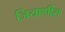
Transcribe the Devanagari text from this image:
जियाणीस